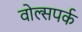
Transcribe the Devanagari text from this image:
वोल्सपर्क